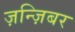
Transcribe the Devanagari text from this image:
ज़न्ज़िबर